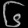
Digit: ၆